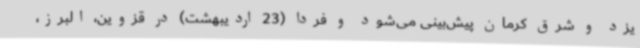
یزد و شرق کرمان پیش‌بینی می‌شود و فردا (23 اردیبهشت) در قزوین، البرز،